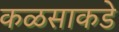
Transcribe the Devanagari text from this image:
कळसाकडे